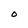
Character: o